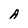
Character: A